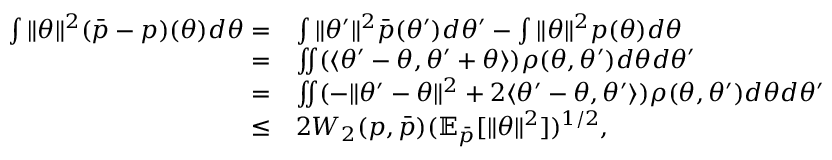
\begin{array} { r l } { \int \| \theta \| ^ { 2 } ( \Bar { p } - p ) ( \theta ) d \theta = } & { \int \| \theta ^ { \prime } \| ^ { 2 } \bar { p } ( \theta ^ { \prime } ) d \theta ^ { \prime } - \int \| \theta \| ^ { 2 } p ( \theta ) d \theta } \\ { = } & { \iint ( \langle \theta ^ { \prime } - \theta , \theta ^ { \prime } + \theta \rangle ) \rho ( \theta , \theta ^ { \prime } ) d \theta d \theta ^ { \prime } } \\ { = } & { \iint ( - \| \theta ^ { \prime } - \theta \| ^ { 2 } + 2 \langle \theta ^ { \prime } - \theta , \theta ^ { \prime } \rangle ) \rho ( \theta , \theta ^ { \prime } ) d \theta d \theta ^ { \prime } } \\ { \leq } & { 2 W _ { 2 } ( p , \Bar { p } ) ( \mathbb { E } _ { \Bar { p } } [ \| \theta \| ^ { 2 } ] ) ^ { 1 / 2 } , } \end{array}